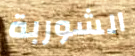
الشوربة